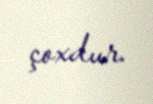
çoxdur.